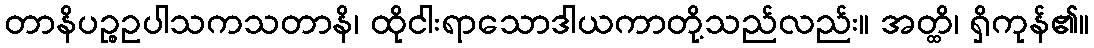
တာနိပဉ္စဥပါသကသတာနိ၊ ထိုငါးရာသောဒါယကာတို့သည်လည်း။ အတ္ထိ၊ ရှိကုန်၏။